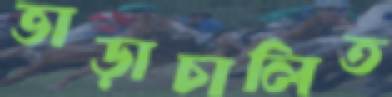
ভাড়াচালিত